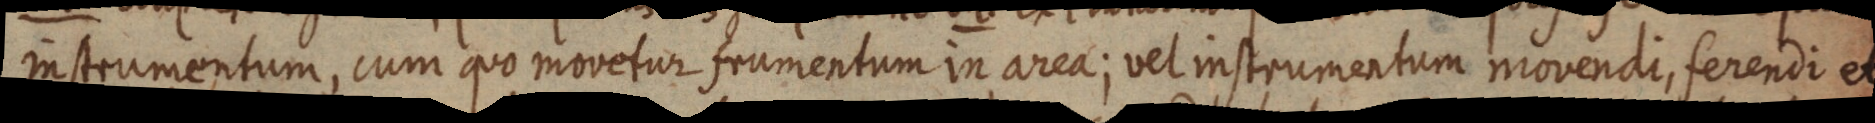
instrumentum, cum quo movetur frumentum in area; vel instrumentum movendi, ferendi et